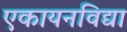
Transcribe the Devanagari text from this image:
एकायनविद्या